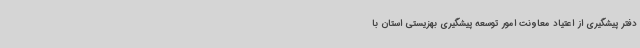
دفتر پیشگیری از اعتیاد معاونت امور توسعه پیشگیری بهزیستی استان با